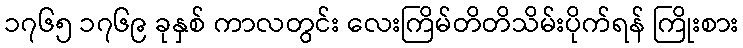
၁၇၆၅ ၁၇၆၉ ခုနှစ် ကာလတွင်း လေးကြိမ်တိတိသိမ်းပိုက်ရန် ကြိုးစား